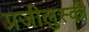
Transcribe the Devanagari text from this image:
प्रजीलुस्की